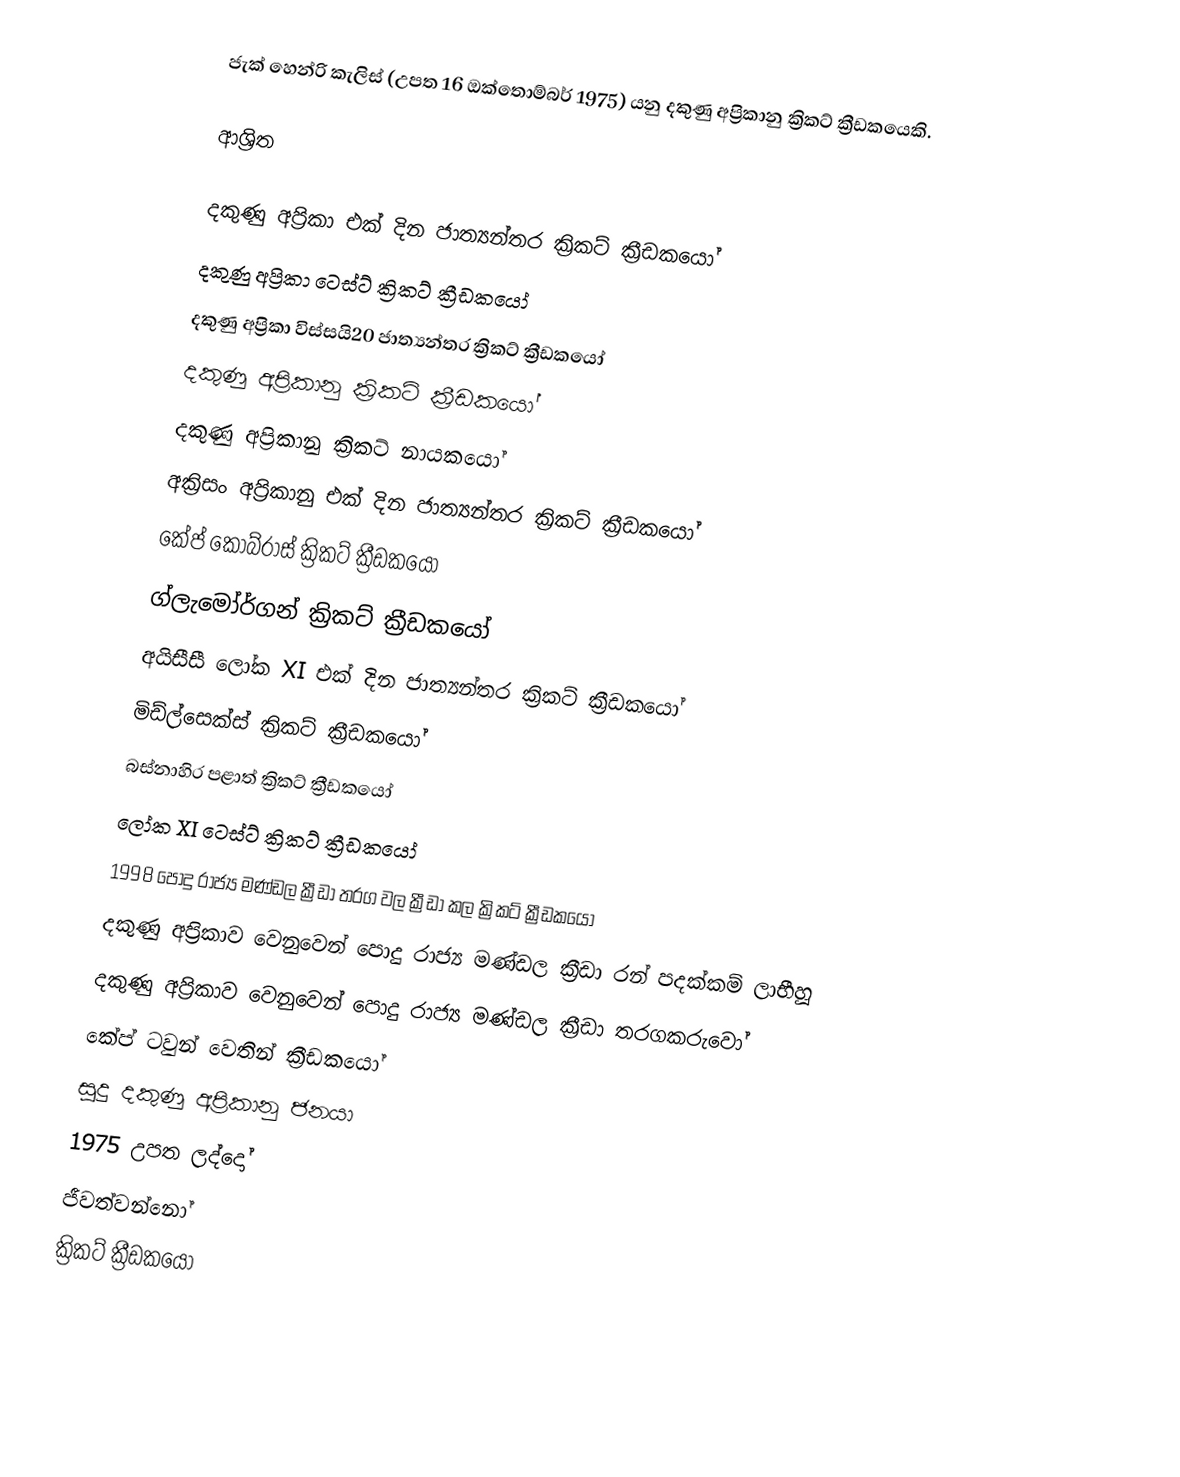
ජැක් හෙන්රි කැලිස් (උපත 16 ඔක්තොම්බර් 1975) යනු දකුණු අප්‍රිකානු ක්‍රිකට් ක්‍රීඩකයෙකි.

ආශ්‍රිත

දකුණු අප්‍රිකා එක් දින ජාත්‍යන්තර ක්‍රිකට් ක්‍රීඩකයෝ
දකුණු අප්‍රිකා ටෙස්ට් ක්‍රිකට් ක්‍රීඩකයෝ
දකුණු අප්‍රිකා විස්සයි20 ජාත්‍යන්තර ක්‍රිකට් ක්‍රීඩකයෝ
දකුණු අප්‍රිකානු  ක්‍රිකට් ක්‍රීඩකයෝ
දකුණු අප්‍රිකානු ක්‍රිකට් නායකයෝ
අක්‍රිසං අප්‍රිකානු එක් දින ජාත්‍යන්තර ක්‍රිකට් ක්‍රීඩකයෝ
කේප් කෝබ්රාස් ක්‍රිකට් ක්‍රීඩකයෝ
ග්ලැමෝර්ගන් ක්‍රිකට් ක්‍රීඩකයෝ
අයිසීසී ලෝක XI එක් දින ජාත්‍යන්තර ක්‍රිකට් ක්‍රීඩකයෝ
මිඩ්ල්සෙක්ස් ක්‍රිකට් ක්‍රීඩකයෝ
බස්නාහිර පළාත් ක්‍රිකට් ක්‍රීඩකයෝ
ලෝක XI ටෙස්ට් ක්‍රිකට් ක්‍රීඩකයෝ
 1998 පොදු රාජ්‍ය මණ්ඩල ක්‍රීඩා තරග වල ක්‍රීඩා කල  ක්‍රිකට් ක්‍රීඩකයෝ
දකුණු අප්‍රිකාව වෙනුවෙන් පොදු රාජ්‍ය මණ්ඩල ක්‍රීඩා රන් පදක්කම් ලාභීහූ
 දකුණු අප්‍රිකාව වෙනුවෙන් පොදු රාජ්‍ය මණ්ඩල ක්‍රීඩා තරගකරුවෝ
කේප් ටවුන් වෙතින් ක්‍රීඩකයෝ
සුදු දකුණු අප්‍රිකානු ජනයා
1975 උපත ලද්දෝ
ජීවත්වන්නෝ
ක්‍රිකට් ක්‍රීඩකයෝ